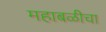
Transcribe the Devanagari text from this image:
महाबळीचा